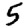
Digit: 5